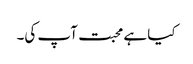
کیا ہے محبت آپ کی۔